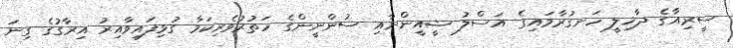
ސީރިއާގެ ދާޚިލީ ހަނގުރާމައިގެ އަސްލު ޝީއީންނާއި ސުންނީންގެ ހަތުރުވެރިކަމާ ގުޅިފައިވާއިރު އިރާގުގެ ގިނަ